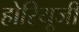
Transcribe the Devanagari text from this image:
होरियूजी